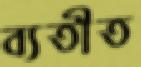
ব্যতীত